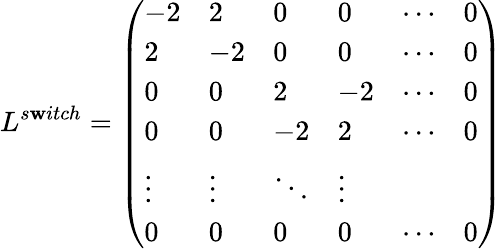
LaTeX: L^{s\mathbf{w}itch}=\left(\begin{array}{llllll}{-2}&{2}&{0}&{0}&{\cdots}&{0}\\ {2}&{-2}&{0}&{0}&{\cdots}&{0}\\ {0}&{0}&{2}&{-2}&{\cdots}&{0}\\ {0}&{0}&{-2}&{2}&{\cdots}&{0}\\ {\vdots}&{\vdots}&{\ddots}&{\vdots}\\ {0}&{0}&{0}&{0}&{\cdots}&{0}\end{array}\right)